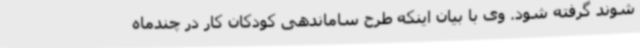
شوند گرفته شود. وی با بیان اینکه طرح ساماندهی کودکان کار در چندماه